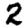
Digit: 2